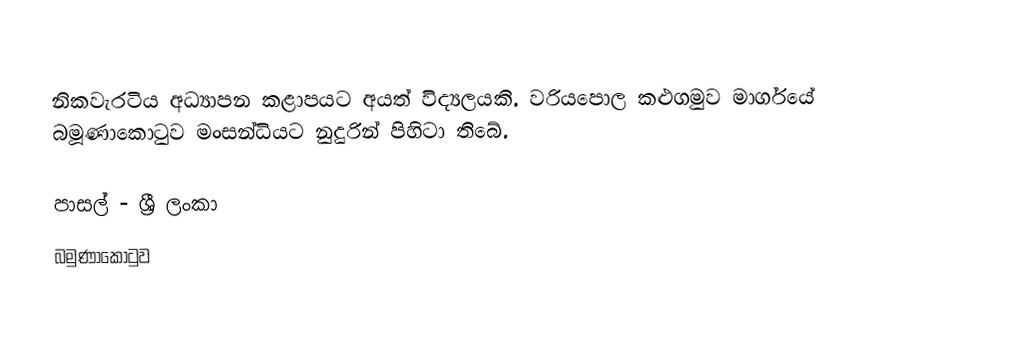
නිකවැරටිය අධ්‍යාපන කළාපයට අයත් විද්‍යලයකි. වරියපොල කළුගමුව මාර්ගයේ බමූණාකොටුව මංසන්ධියට නුදුරින් පිහිටා තිබේ.

පාසල් - ශ්‍රී ලංකා
බමුණාකොටුව